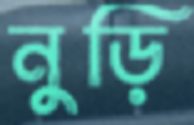
নুড়ি